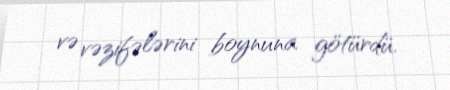
və vəzifələrini boynuna götürdü.